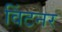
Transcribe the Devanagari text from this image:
विंटनर